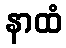
နာထံ